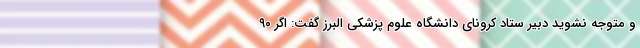
و متوجه نشوید دبیر ستاد کرونای دانشگاه علوم پزشکی البرز گفت: اگر ۹۰